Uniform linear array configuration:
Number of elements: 48
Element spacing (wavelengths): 0.5
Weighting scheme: hann
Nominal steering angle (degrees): -60
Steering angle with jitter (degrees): -58.797
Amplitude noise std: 0.05
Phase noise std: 0.05

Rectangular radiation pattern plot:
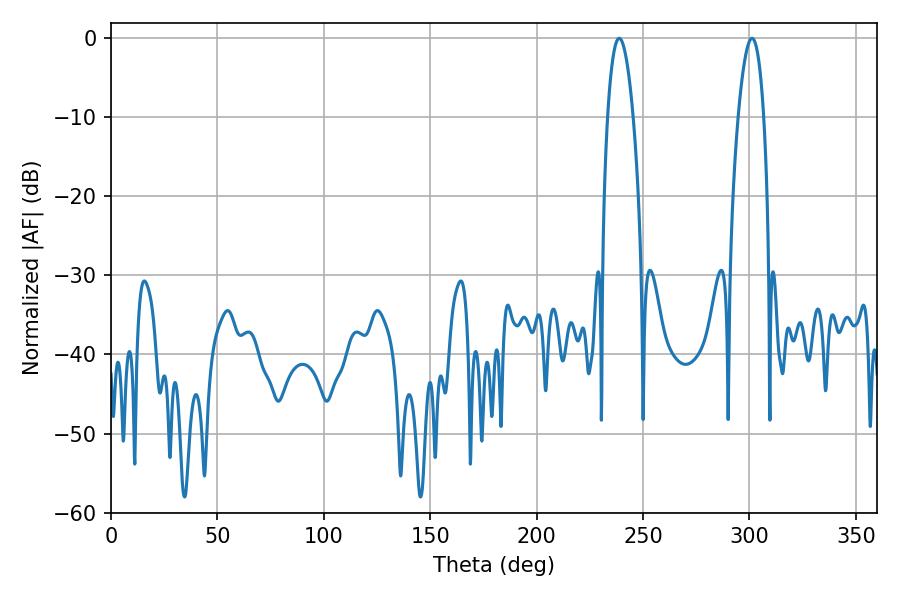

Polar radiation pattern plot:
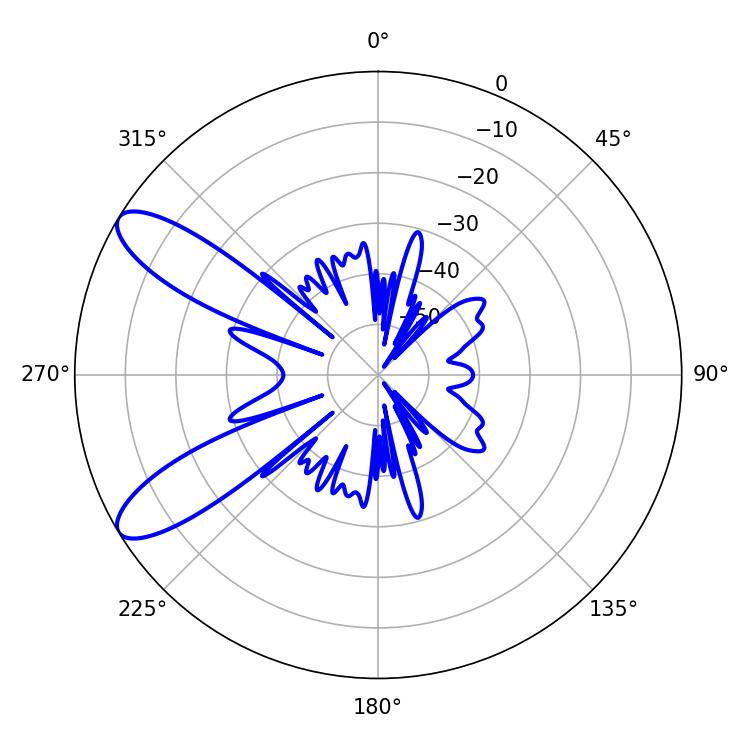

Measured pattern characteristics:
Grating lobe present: FALSE
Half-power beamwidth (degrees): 6.66
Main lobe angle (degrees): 238.86